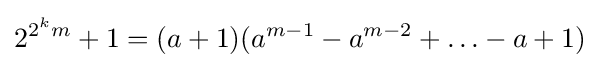
2^{2^{k}m}+1=(a+1)(a^{m-1}-a^{m-2}+\ldots -a+1)